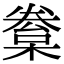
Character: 𣙂